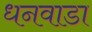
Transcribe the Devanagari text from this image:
धनवाडा